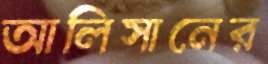
আলিসানের